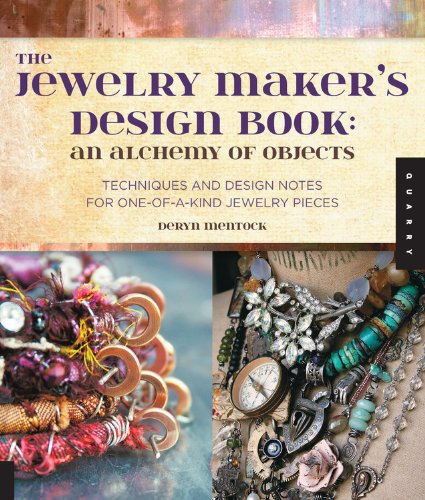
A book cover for The Jewelry Maker's Design Book: An Alchemy of Objects; Deryn Mentock; Crafts, Hobbies & Home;